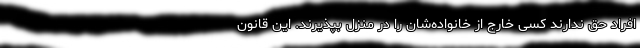
افراد حق ندارند کسی خارج از خانواده‌شان را در منزل بپذیرند. این قانون